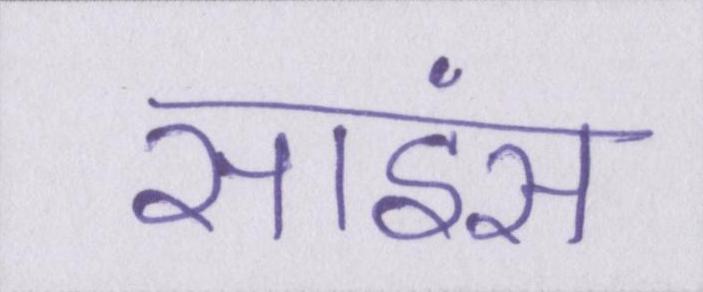
साइंस